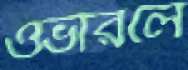
ওভারলে